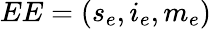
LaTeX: EE=(s_{e},i_{e},m_{e})